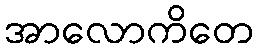
အာလောကိတေ